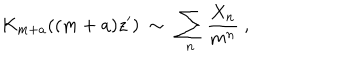
K _ { m + a } ( ( m + a ) z ^ { \prime } ) \ \sim \ \sum _ { n } \frac { X _ { n } } { m ^ { n } } \ ,